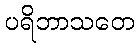
ပရိဘာသတေ